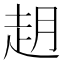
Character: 𬦈